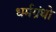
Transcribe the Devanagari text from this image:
धर्मग्रंथो